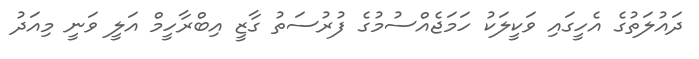
ދައުލަތުގެ އެހީގައި ވަކީލަކު ހަމަޖެއްސުމުގެ ފުރުސަތު ގާޒީ އިބްރާހީމް އަލީ ވަނީ މިއަދު